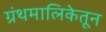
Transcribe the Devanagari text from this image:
ग्रंथमालिकेतून